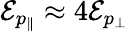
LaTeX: \mathcal{E}_{p_{\| }}\approx 4\mathcal{E}_{p_{\perp}}